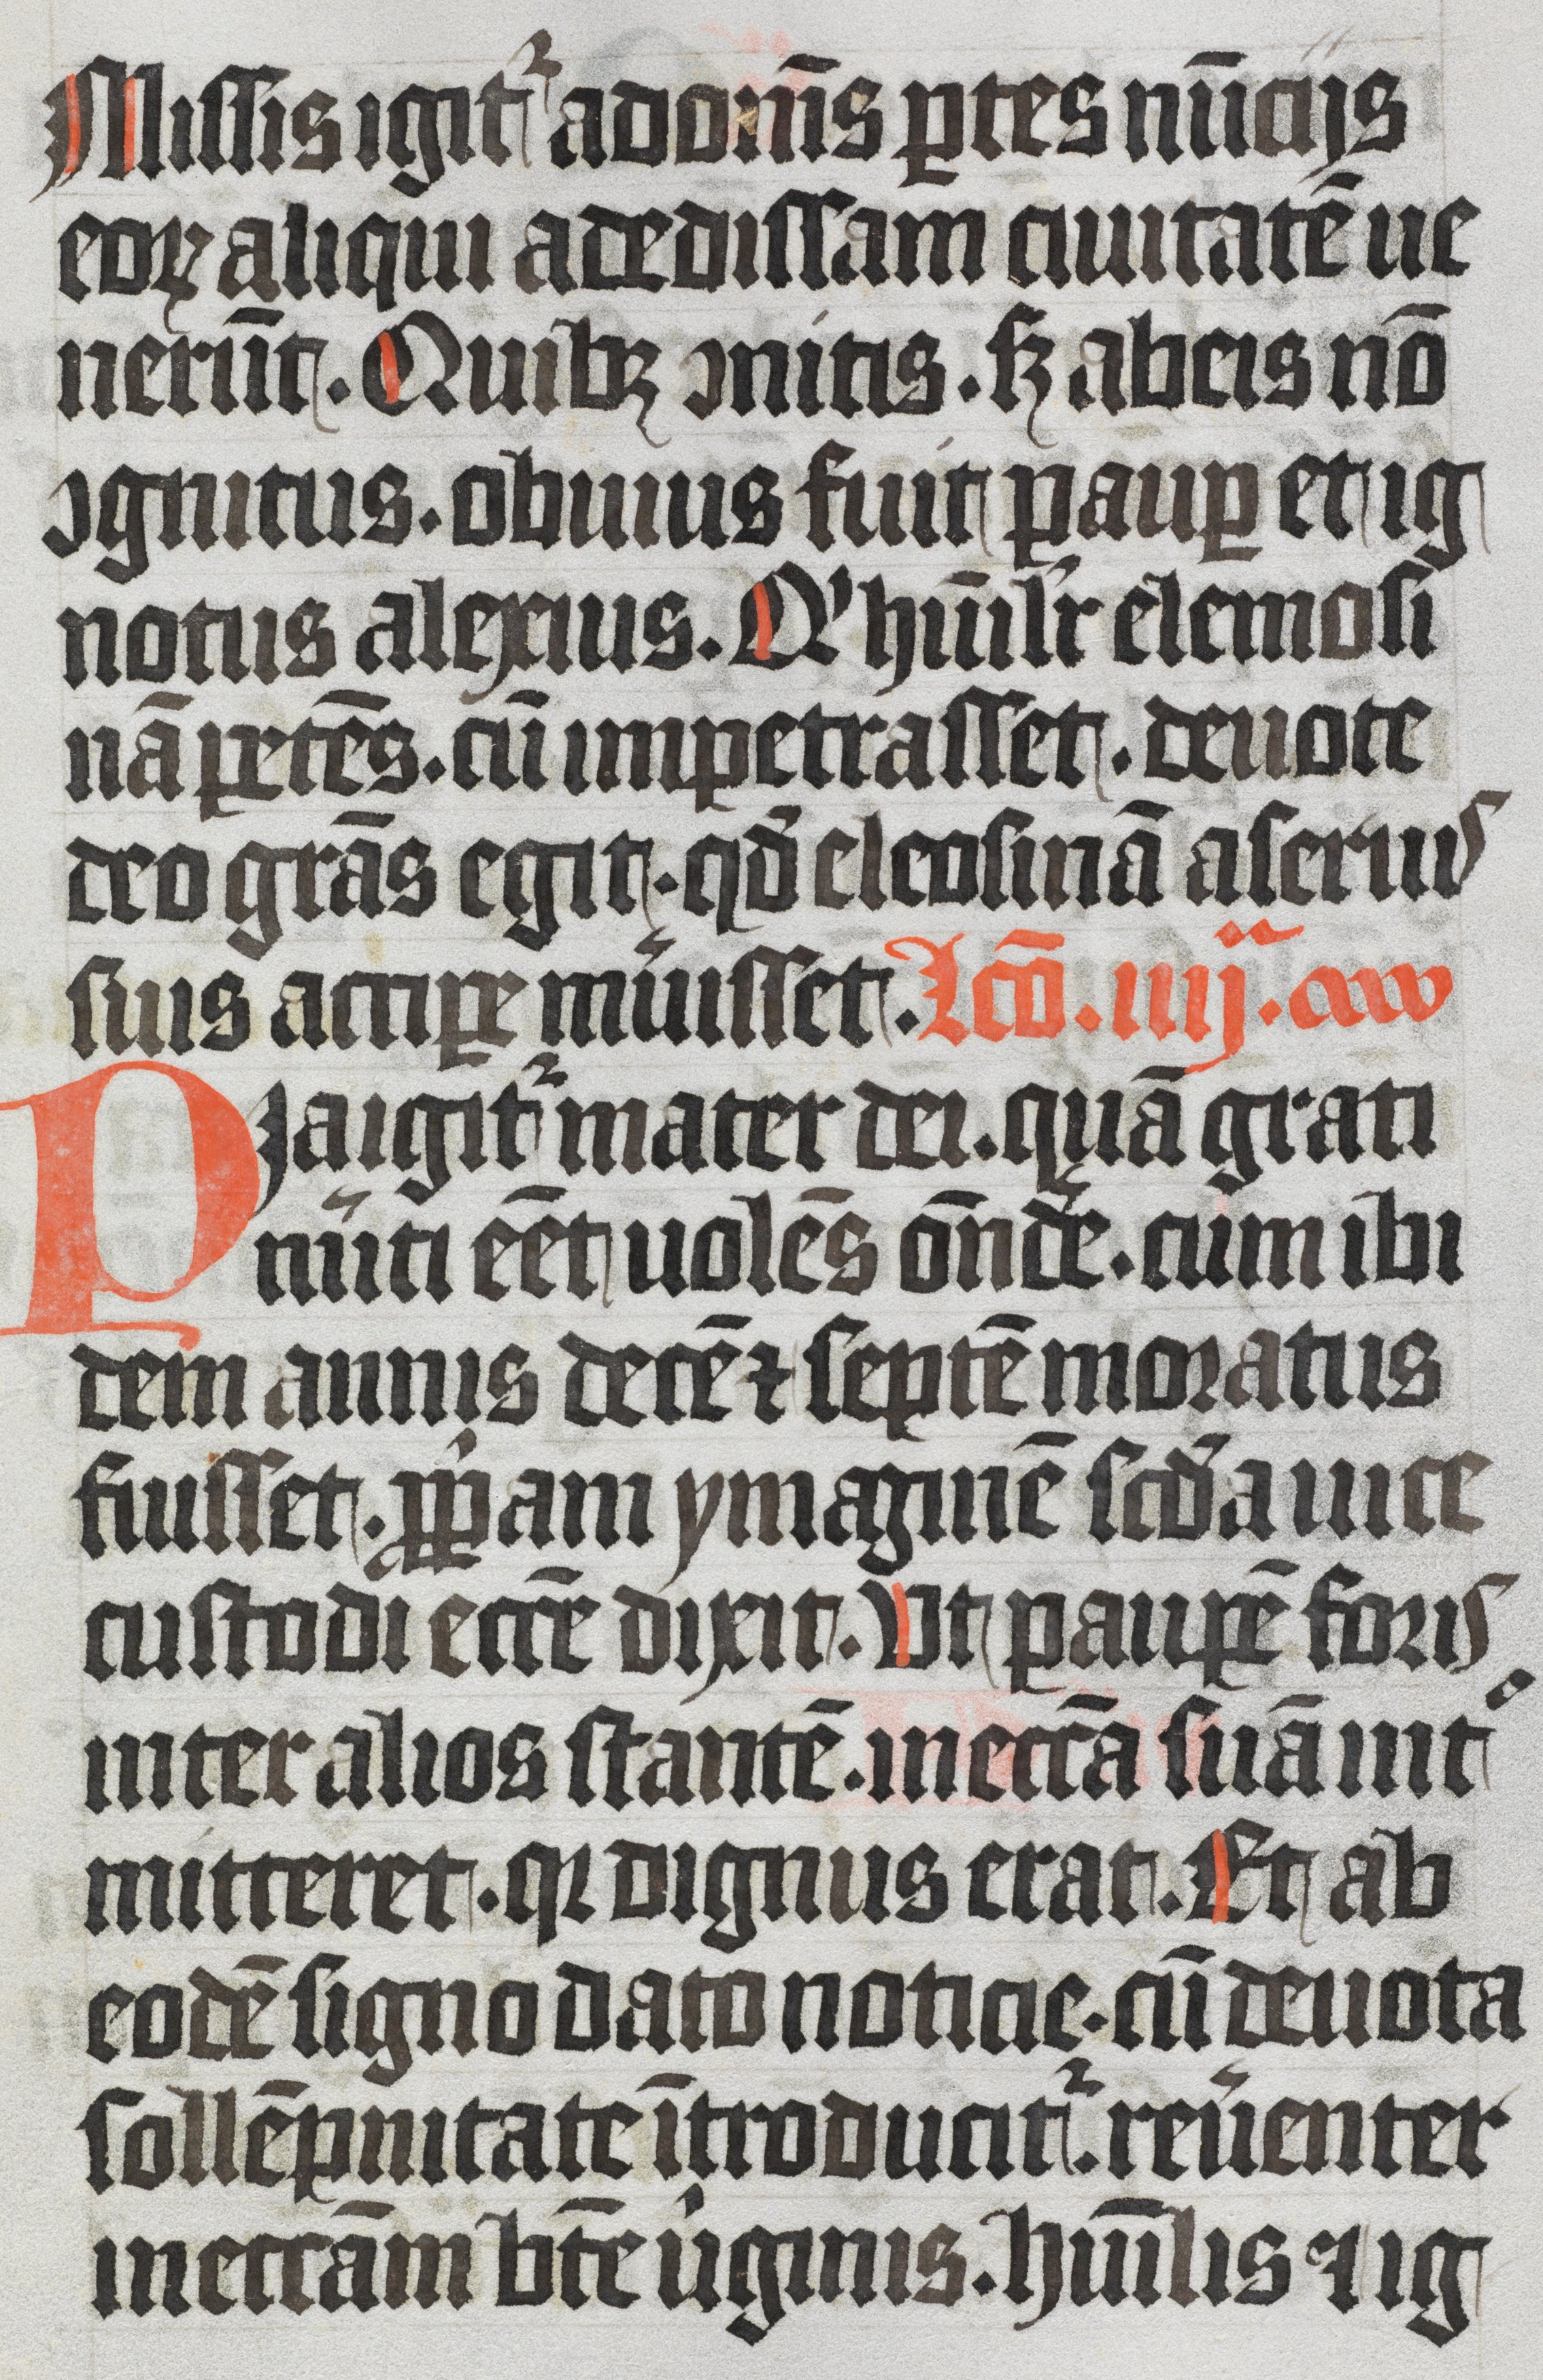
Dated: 1350–1399